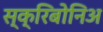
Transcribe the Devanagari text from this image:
स्क्रिबोनिअ